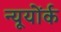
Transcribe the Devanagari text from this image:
न्यूयोंर्क